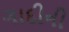
ગાદીની